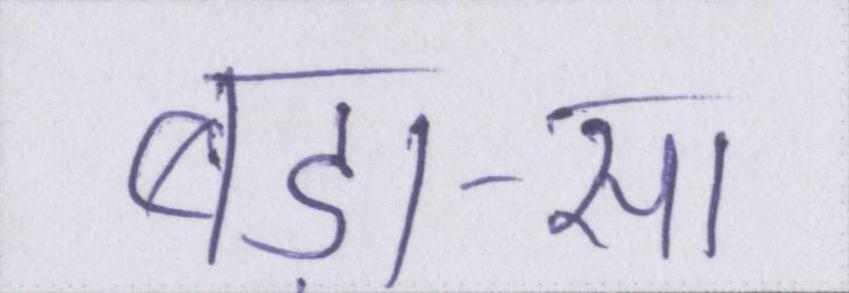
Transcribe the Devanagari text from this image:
बड़ा-सा